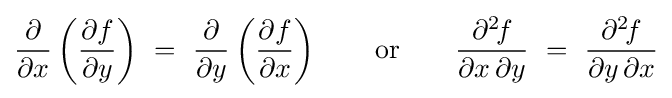
{\frac {\partial }{\partial x}}\left({\frac {\partial f}{\partial y}}\right)\ =\ {\frac {\partial }{\partial y}}\left({\frac {\partial f}{\partial x}}\right)\qquad {\text{or}}\qquad {\frac {\partial ^{2}\!f}{\partial x\,\partial y}}\ =\ {\frac {\partial ^{2}\!f}{\partial y\,\partial x}}